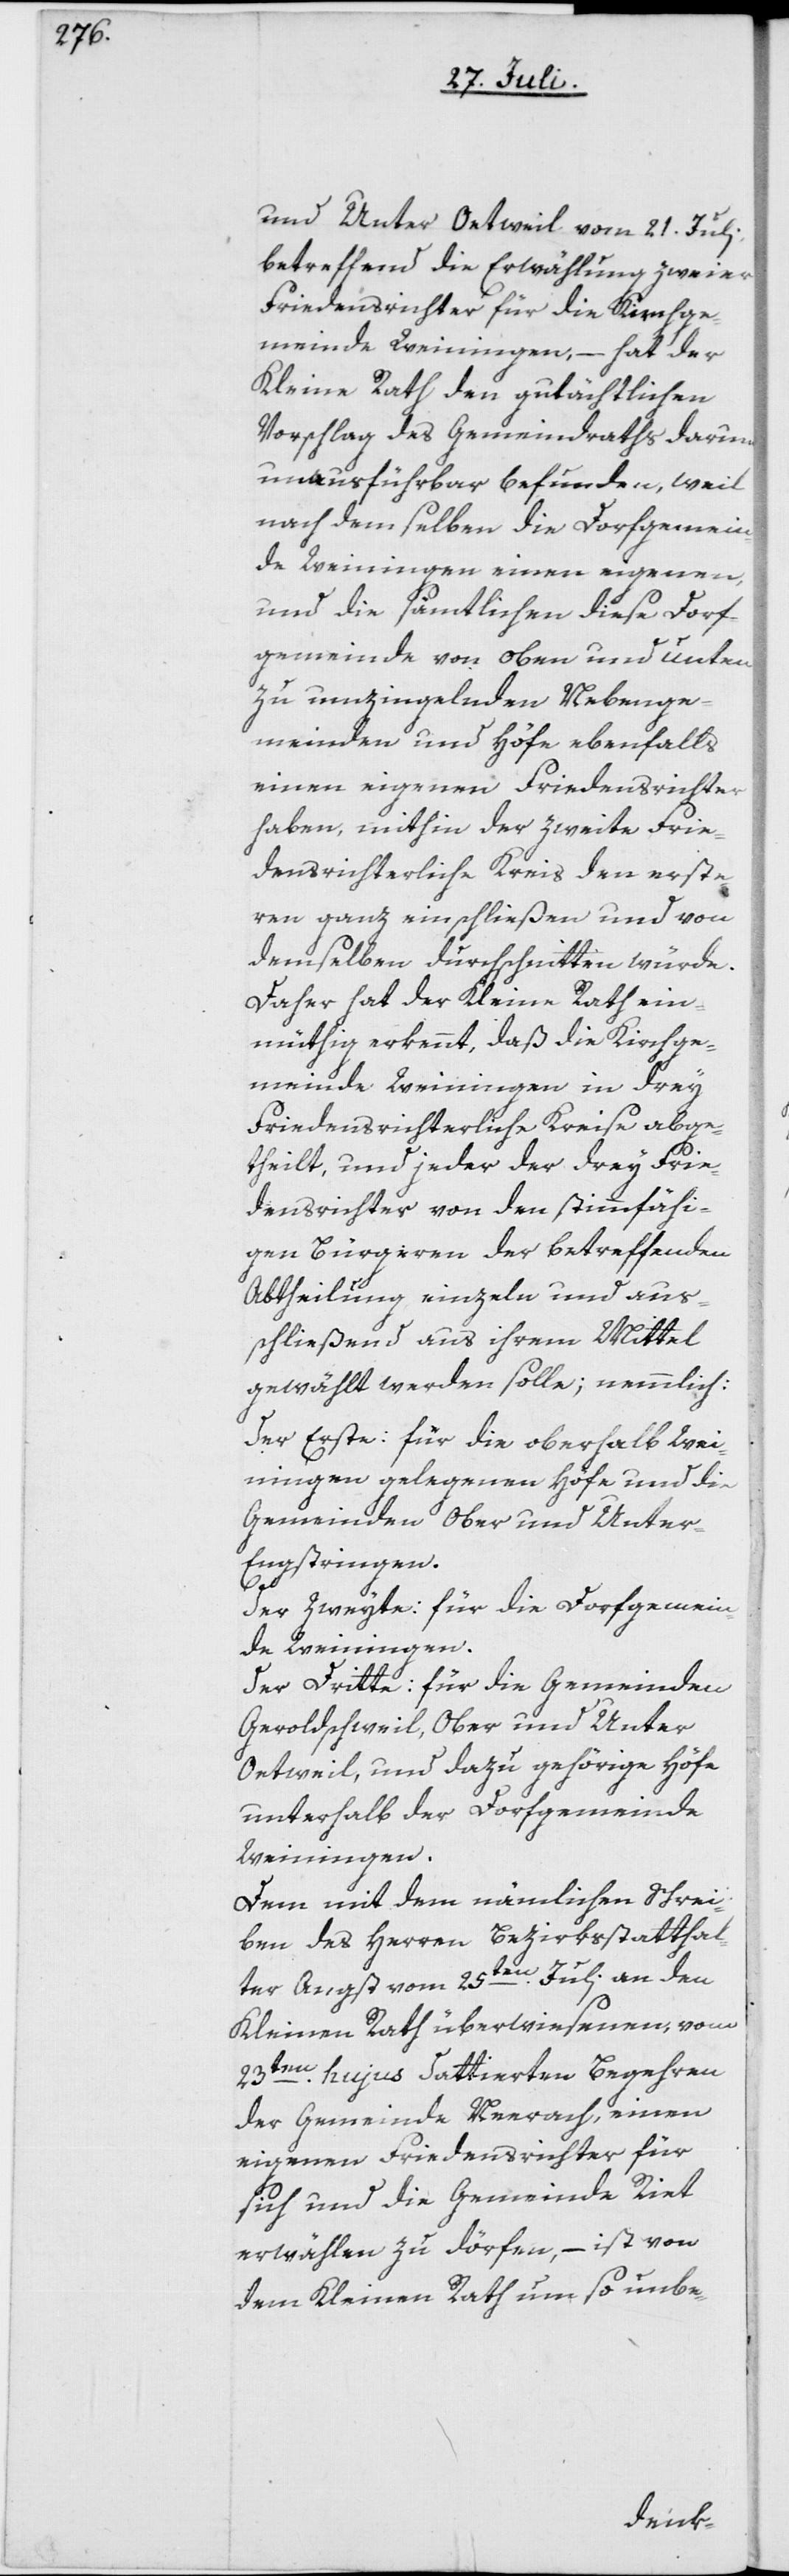
und Unter Oetweil vom 21. Juli,
betreffend die Erwählung zweier
Friedensrichter für die Kirchge¬
meinde Weinigen, – hat der
Kleine Rath den gutächtlichen
Vorschlag des Gemeindraths darum
unausführbar befunden, weil
nach demselben die Dorfgemein¬
de Weiningen einen eigenen,
und die sämtlichen diese Dorf¬
gemeinde von oben und unten
zu umzingelnden Nebenge¬
meinden und Höfe ebenfalls
einen eigenen Friedensrichter
haben, mithin der zweite Frie¬
densrichterliche Kreis den erste¬
ren ganz einschließen und von
demselben durchschnitten würde.
Daher hat der Kleine Rath ein¬
müthig erkennt, daß die Kirchge¬
meinde Weiningen in drey
Friedensrichterliche Kreise abge¬
theilt, und jeder der drey Frie¬
densrichter von den stimmfähi¬
gen Bürgeren der betreffenden
Abtheilung einzeln und aus¬
schließend aus ihrem Mittel
gewählt werden solle; nemmlich:
Der Erste: für die oberhalb Wei¬
ningen gelegenen Höfe und die
Gemeinden Ober und Unte¬
r-Engstringen.
Der Zweyte: für die Dorfgemein¬
de Weiningen.
Der Dritte: für die Gemeinden
Geroldschweil, Ober und Unter
Oetweil, und dazu gehörige Höfe
unterhalb der Dorfgemeinde
Weiningen.
Dem mit dem nämlichen Schrei¬
ben des Herren Bezirksstatthal¬
ter Angst vom 25ten Juli an den
Kleinen Rath überwiesenen, vom
23ten hujus dattierten Begehren
der Gemeinde Neerach, einen
eigenen Friedensrichter für
sich und die Gemeinde Riet
erwählen zu dörfen, – ist von
dem Kleinen Rath um so unbe-